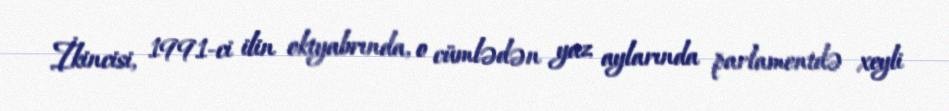
İkincisi, 1991-ci ilin oktyabrında, o cümlədən yaz aylarında parlamentdə xeyli